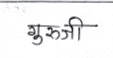
मजकूर: गुरूजी